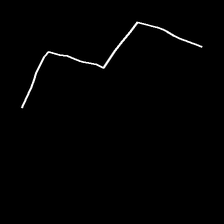
Glyph: crush